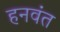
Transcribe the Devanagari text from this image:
हनवंत